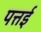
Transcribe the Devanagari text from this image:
पत्तई